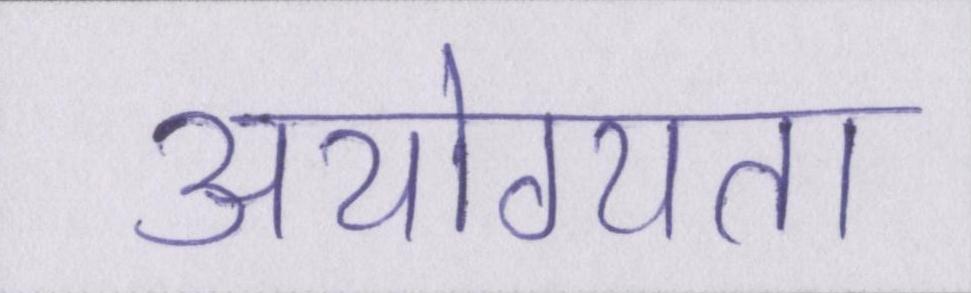
अयोग्यता